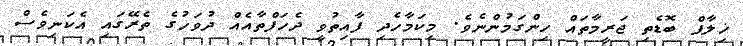
ޚިލާފް ބޮޑެތި ޖަރީމާތައް ހިންގަމުންނެވެ. މިކަމާހެދި ފާއިތުވީ ދެހަފްތާއެއް ދުވަހުގެ ތެރޭގައި އެކަނިވެސް